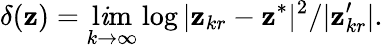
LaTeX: \delta(\mathbf{z})=\operatorname*{l\mathit{i}m}_{k\to\infty}\log|\mathbf{z}_{kr}-\mathbf{z}^{*}|^{2}/|\mathbf{z}_{kr}^{\prime}|.